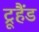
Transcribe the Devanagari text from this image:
ट्रूहैंड